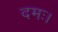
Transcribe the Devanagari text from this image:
दमः।